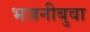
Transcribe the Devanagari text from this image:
भजनीबुवा